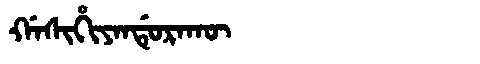
Manchu: ᡤᠠᠰᡳᡥᡳᠶᠠᠨᡩᡠᡵᠠᡴᡡ
Romanization: GASIHIYANDURAKŪ